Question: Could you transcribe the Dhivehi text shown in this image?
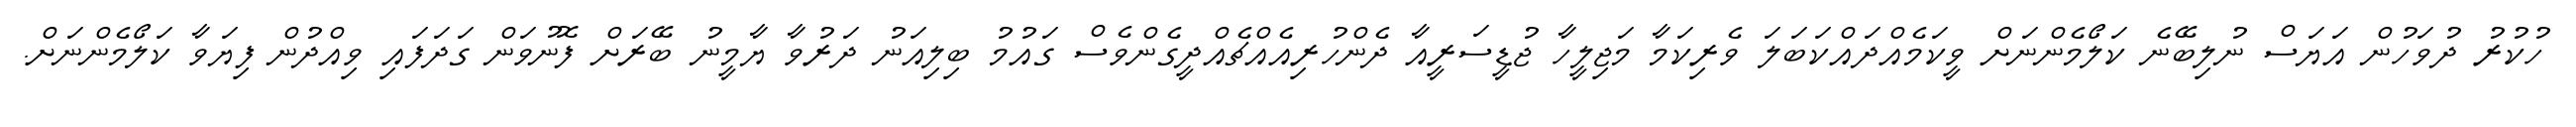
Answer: ހުކުރު ދުވަހުން އަޔަސް ނުލިބޭނެ ކަލޯމެންނަށް ވީކަމެއްދައްކަބަލަ ވެރިކަމާ މަޖިލީހާ ޖުޑީސަރީއާ ދެންހުރިއެއްޗެއްދީގެންވެސް ގައުމު ބިލިއަނު ދަރުވާ ޔާމީނު ބޭރަށް ފޮނުވަން ގަދަފައި ވިއްދުން ފިޔަވާ ކަލޯމެންނަށް.